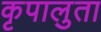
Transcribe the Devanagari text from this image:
कृपालुता